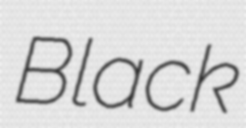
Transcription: Black